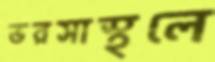
ভরসাস্থলে